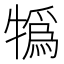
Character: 𤛨